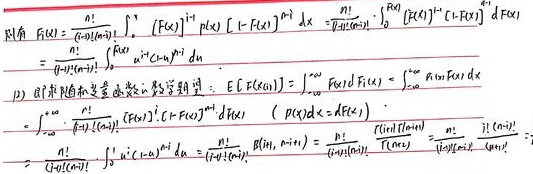
设有
\[
\begin{align*}
F(x)&=\frac{n!}{\alpha(1 - \alpha)n!}\int_{0}^{1}(F(x))^{\alpha - 1}p(x)[1 - F(x)]^{n - \alpha}dx\\
&=\frac{n!}{\alpha(1 - \alpha)n!}\int_{0}^{F(1)}(F(x))^{\alpha - 1}[1 - F(x)]^{n - \alpha}dF(x)\\
&=\frac{n!}{\alpha(1 - \alpha)n!}\int_{0}^{1}u^{\alpha - 1}(1 - u)^{n - \alpha}du
\end{align*}
\]

(2)求此分布函数的数学期望：
\[
\begin{align*}
E[F(x_{(1)})]&=\int_{0}^{+\infty}AF(x)\\
&=\int_{0}^{+\infty}\frac{n!}{\alpha(1 - \alpha)n!}(F(x))^{\alpha - 1}[1 - F(x)]^{n - \alpha}dF(x)\quad(p(x)dx = dF(x))\\
&=\frac{n!}{\alpha(1 - \alpha)n!}\int_{0}^{1}u^{\alpha - 1}(1 - u)^{n - \alpha}du\\
&=\frac{n!}{\alpha(1 - \alpha)n!}B(\alpha,n + 1 - \alpha)\\
&=\frac{n!}{\alpha(1 - \alpha)n!}\frac{\Gamma(\alpha)\Gamma(n + 1 - \alpha)}{\Gamma(n + 1)}\\
&=\frac{\Gamma(\alpha)\Gamma(n + 1 - \alpha)}{\alpha(1 - \alpha)\Gamma(n + 1)}
\end{align*}
\]